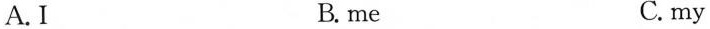
A.I B.me C. my